Theory and practice of anti-rabic immunisation - Number 30
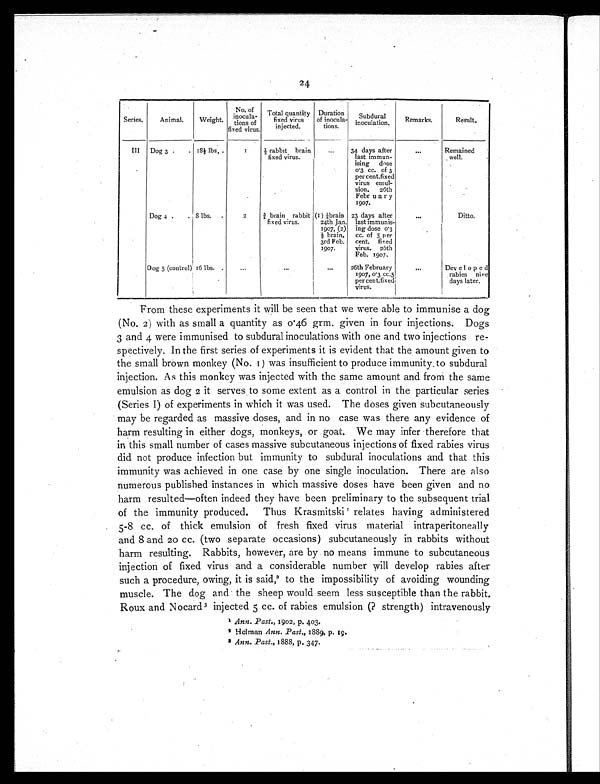
Series.
Animal.
Weight.
No. of -
i n o c u l a t i o n s o f
fixed virus.
Total quantity
fixed virus
injected.
Duration
of inocula-
tions.
Subdural
inoculation.
Remarks.
Result.
III Dog 3 .
. 18½ lbs. .
1 ½ rabbit brain
fixed virus.
...
34 days after
last immun-
ising dose
0.3 cc. of 3
per cent. fixed
virus emul-
sion. 26th
February
1907.
. . .
Remained
well.
Dog 4 .
. 8 lbs. .
2
¾ brain rabbit
fixed virus.
(1) ¼ brain
24th Jan.
1907, (2)
½ b r a i n ,
3rd Feb.
1907.
23 days after
last immunis-
ing dose 0.3
cc. of 5 per
cent, fixed
virus. 26th
Feb. 1907.
...
Ditto.
Dog 5 (control) 16 lbs. .
...
...
. . .
26th February
1907, 0.3 cc. 5
per cent. fixed
virus.
. . .
Developed
rabies nine
days later.
From these experiments it will be seen that we were able to immunise a dog
(No. 2) with as small a quantity as 0.46 grm. given in four injections. Dogs
3 and 4 were immunised to subdural inoculations with one and two injections re-
spectively. In the first series of experiments it is evident that the amount given to
the small brown monkey (No. I) was insufficient to produce immunity, to subdural
injection. As this monkey was injected with the same amount and from the same
emulsion as dog 2 it serves to some extent as a control in the particular series
(Series I) of experiments in which it was used. The doses given subcutaneously
may be regarded as massive doses, and in no case was there any evidence of
harm resulting in either dogs, monkeys, or goat. We may infer therefore that
in this small number of cases massive subcutaneous injections of fixed rabies virus
did not produce infection but immunity to subdural inoculations and that this
immunity was achieved in one case by one single inoculation. There are also
numerous published instances in which massive doses have been given and no
harm resulted—often indeed they have been preliminary to the subsequent trial
of the immunity produced. Thus Krasmitski 1 r e l a t e s h a v i n g a d m i n i s t e r e d
5-8 cc. of thick emulsion of fresh fixed virus material intraperitoneally
and 8 and 20 cc. (two separate occasions) subcutaneously in rabbits without
harm resulting. Rabbits, however, are by no means immune to subcutaneous
injection of fixed virus and a considerable number will develop rabies after
such a procedure, owing, it is said, 2 to the impossibility of avoiding wounding
muscle. The dog and the sheep would seem less susceptible than the rabbit.
Roux and Nocard 3 injected 5 cc. of rabies emulsion (? strength) intravenously
1
A n n
.
P a s t
. , 1 9 0 2 p . 4 0 3 .
2
H e l m a n
A n n
.
P a s t
., 1889, p. 1 9 .
3
A n n
.
P a s t
. , 1 8 8 8 , p . 3 4 7 .